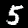
Digit: 5